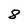
Character: 8